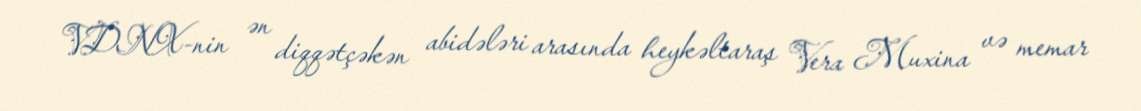
VDNX-nin ən diqqətçəkən abidələri arasında heykəltaraş Vera Muxina və memar